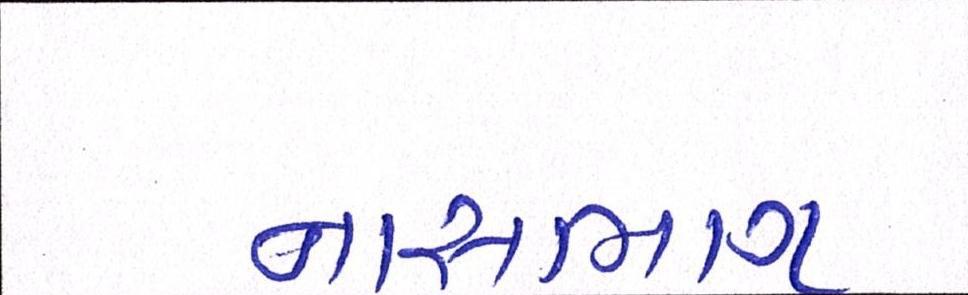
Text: નાસભાગ